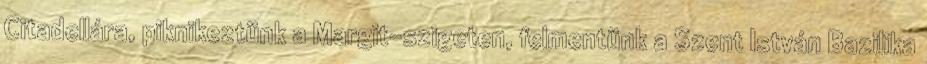
Citadellára, piknikeztünk a Margit-szigeten, felmentünk a Szent István Bazilika